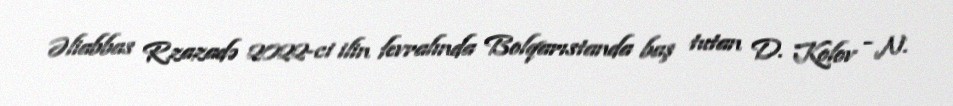
Əliabbas Rzazadə 2022-ci ilin fevralında Bolqarıstanda baş tutan D. Kolov - N.